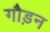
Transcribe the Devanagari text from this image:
गौड़न